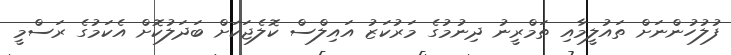
ފުލުހުންނަށް ތައުލީމާއި ތަމްރީނު ދިނުމުގެ މަރުކަޒު އައިލްސް ކޮލެޖަކަށް ބަދަލުކޮށް އެކަމުގެ ރަސްމީ